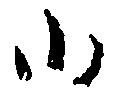
御